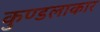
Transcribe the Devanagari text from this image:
कुण्डलाकार